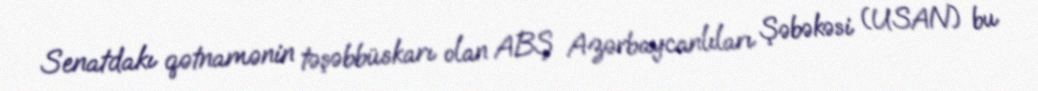
Senatdakı qətnamənin təşəbbüskarı olan ABŞ Azərbaycanlıları Şəbəkəsi (USAN) bu